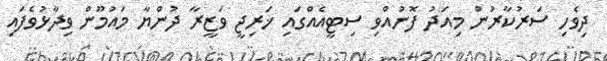
ދިވެހި ސަރުކާރުން މިއަދު ފޮނުއްވި ސިޓީއެއްގައި ޚަރިޖީ ވަޒީރާ ދުންޔާ މައުމޫން ވިދާޅުވެފައި